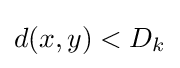
d(x,y)<D_{k}